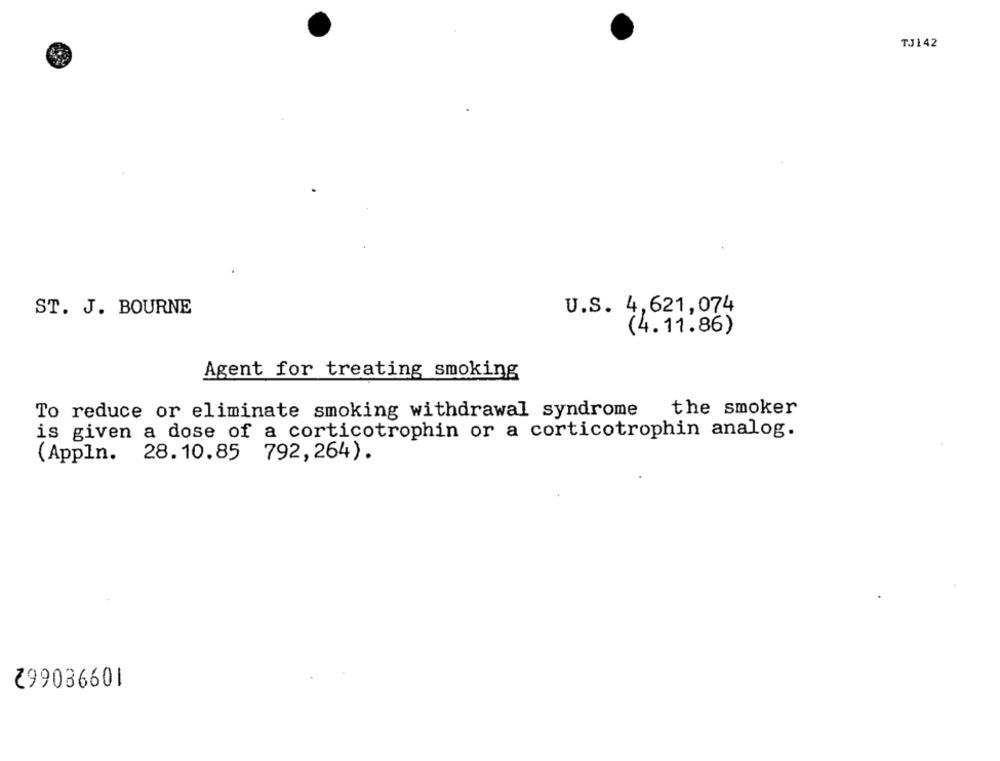
TJ142
ST. J. BOURNE
U.S. 4,621,074
(4.11.86)
Agent for treating smoking
the smoker
To reduce or eliminate smoking withdrawal syndrome
is given a dose of a corticotrophin or a corticotrophin analog.
792, 264).
(Appln. 28.10.85 7
299036601